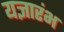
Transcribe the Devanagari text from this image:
यज्ञारंभ